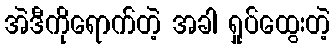
အဲဒီကိုရောက်တဲ့ အခါ ရှုပ်ထွေးတဲ့